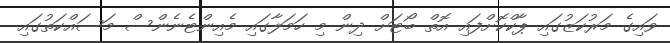
ވައިގެ މަރުކަޒުގައި ޕާކްކޮށްފައި އޮތް ބޯޓަށް ދިން މި ހަމަލާގައި މެއިންޓެނެންސް މަސައްކަތުގައި